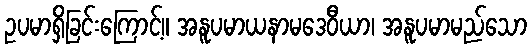
ဥပမာရှိခြင်းကြောင့်။ အနူပမာယနာမဒေဝီယာ၊ အနူပမာမည်သော